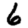
Digit: 6